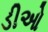
ડીઓ